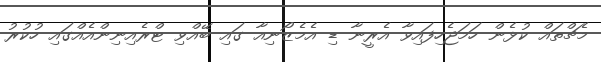
މެޗްތައް ކުޅެން ހަމަޖެހިފައިވާ އެރީނާ ޑި އެމެޒޯނިއާ ގައި ބޭއްވި ޓްރެއިނިންއެއްގައި ހުކުރު